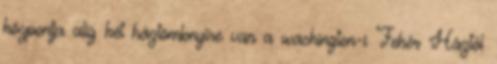
központja alig két háztömbnyire van a washington-i Fehér Háztól